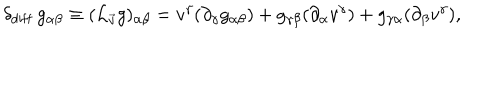
\delta _ { \mathrm { d i f f } } \, g _ { \alpha \beta } \equiv ( { \cal L } _ { \vec { v } } g ) _ { \alpha \beta } = v ^ { \gamma } ( \partial _ { \gamma } g _ { \alpha \beta } ) + g _ { \gamma \beta } ( \partial _ { \alpha } v ^ { \gamma } ) + g _ { \gamma \alpha } ( \partial _ { \beta } v ^ { \gamma } ) ,